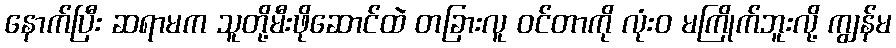
နောက်ပြီး ဆရာမက သူတို့မီးဖိုဆောင်ထဲ တခြားလူ ဝင်တာကို လုံးဝ မကြိုက်ဘူးလို့ ကျွန်မ